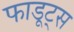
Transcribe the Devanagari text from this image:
फाडूट्स